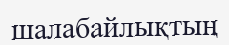
шалабайлықтың